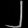
Digit: ၂